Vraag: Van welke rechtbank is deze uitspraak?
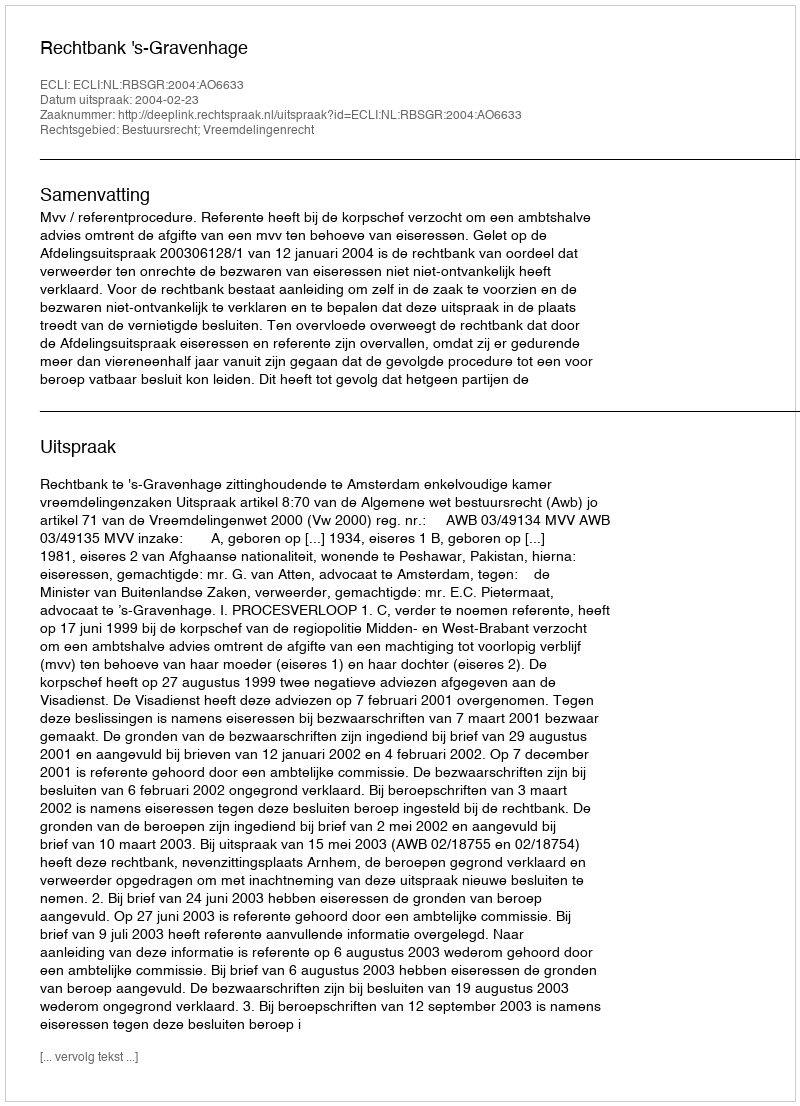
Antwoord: Rechtbank 's-Gravenhage